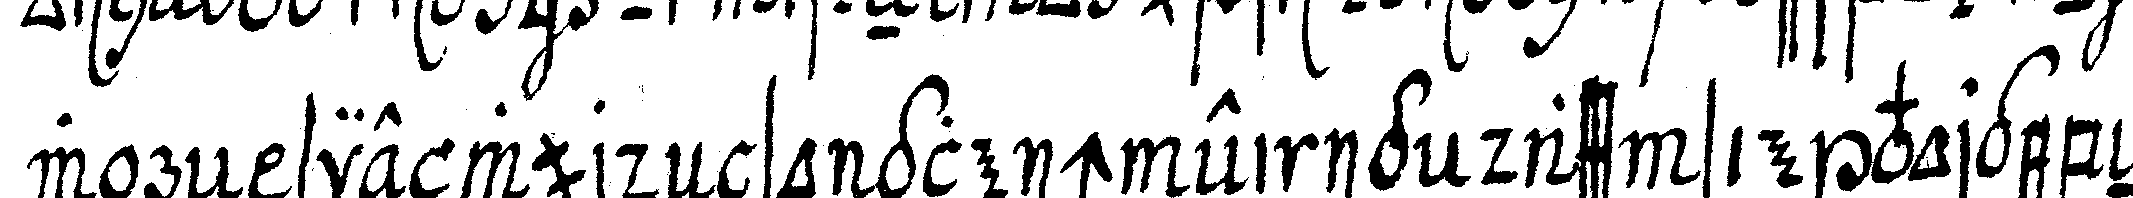
wäreN sie wurdeN so gleich einig dass sie vorgebeN